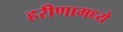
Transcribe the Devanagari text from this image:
हरीणामध्ये